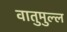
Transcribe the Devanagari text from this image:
वातुमुल्ल